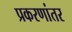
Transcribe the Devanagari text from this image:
प्रकरणांतर